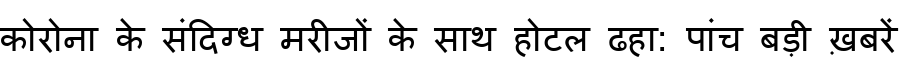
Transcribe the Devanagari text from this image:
कोरोना के संदिग्ध मरीजों के साथ होटल ढहा: पांच बड़ी ख़बरें